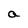
Character: a